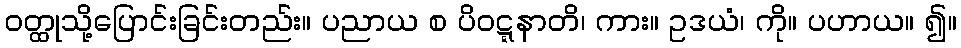
ဝတ္ထုသို့ပြောင်းခြင်းတည်း။ ပညာယ စ ပိဝဋ္ဋနာတိ၊ ကား။ ဥဒယံ၊ ကို။ ပဟာယ။ ၍။